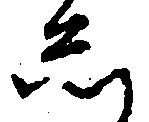
し